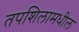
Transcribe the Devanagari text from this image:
तपशिलामधील